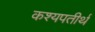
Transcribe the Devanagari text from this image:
कश्यपतीर्थ